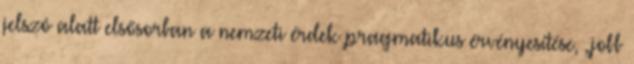
jelszó alatt elsősorban a nemzeti érdek pragmatikus érvényesítése, „jobb